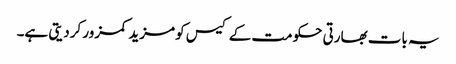
یہ بات بھارتی حکومت کے کیس کو مزید کمزور کردیتی ہے۔